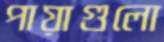
পায়াগুলো